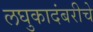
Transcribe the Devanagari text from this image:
लघुकादंबरीचे